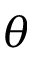
\theta